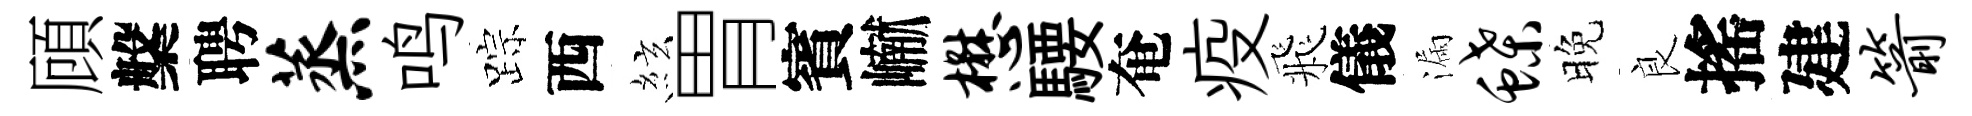
頋槃聘蒸鸣踪西絃胃賓𪩘懋騕奄疫飛儀漏蝶晚良搖建箭